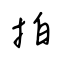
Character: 拍